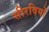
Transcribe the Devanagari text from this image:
सीरवियों